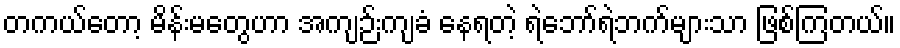
တကယ်တော့ မိန်းမတွေဟာ အကျဉ်းကျခံ နေရတဲ့ ရဲဘော်ရဲဘက်များသာ ဖြစ်ကြတယ်။